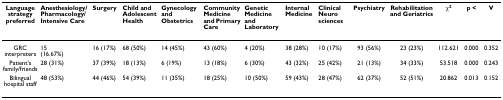
<table><thead><tr><td><b>Language strategy preferred</b></td><td><b>Anesthesiology/Pharmacology/Intensive Care</b></td><td><b>Surgery</b></td><td><b>Child and Adolescent Health</b></td><td><b>Gynecology and Obstetrics</b></td><td><b>Community Medicine and Primary Care</b></td><td><b>Genetic Medicine and Laboratory</b></td><td><b>Internal Medicine</b></td><td><b>Clinical Neurosciences</b></td><td><b>Psychiatry</b></td><td><b>Rehabilitation and Geriatrics</b></td><td><b>χ<sup>2</sup></b></td><td><b>p &lt;</b></td><td><b>V</b></td></tr></thead><tbody><tr><td>GRC interpreters</td><td>15 (16.67%)</td><td>16 (17%)</td><td>68 (50%)</td><td>14 (45%)</td><td>43 (60%)</td><td>4 (20%)</td><td>38 (28%)</td><td>10 (17%)</td><td>93 (56%)</td><td>23 (23%)</td><td>112.621</td><td>0.000</td><td>0.352</td></tr><tr><td>Patient&#x27;s family/friends</td><td>28 (31%)</td><td>37 (39%)</td><td>18 (13%)</td><td>6 (19%)</td><td>13 (18%)</td><td>6 (30%)</td><td>43 (32%)</td><td>25 (42%)</td><td>21 (13%)</td><td>34 (33%)</td><td>53.518</td><td>0.000</td><td>0.243</td></tr><tr><td>Bilingual hospital staff</td><td>48 (53%)</td><td>44 (46%)</td><td>54 (39%)</td><td>11 (35%)</td><td>18 (25%)</td><td>10 (50%)</td><td>59 (43%)</td><td>28 (47%)</td><td>62 (37%)</td><td>52 (51%)</td><td>20.862</td><td>0.013</td><td>0.152</td></tr></tbody></table>